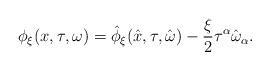
LaTeX: \begin{align*}\phi_{\xi}(x,\tau, \omega) =\hat{\phi}_{\xi}(\hat{x},\tau, \hat{\omega}) -\frac{\xi}{2}\tau^{\alpha}\hat{\omega}_{\alpha}.\end{align*}